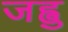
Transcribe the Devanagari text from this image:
जह्वु